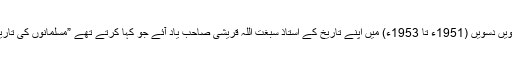
اسے پڑھتے ہوئے نویں دسویں (1951ء تا 1953ء) میں اپنے تاریخ کے اُستاذ سبغت اللہ قریشی صاحب یاد آئے جو کہا کرتے تھے ”مسلمانوں کی تاریخ بڑی کمزور ہے“۔